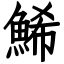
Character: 鯑